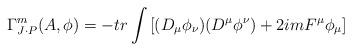
LaTeX: \begin{align*}\Gamma^m_{J \cdot P}(A,\phi) = -tr \int \left[ (D_\mu \phi_\nu) (D^\mu \phi^\nu) + 2im F^\mu \phi_\mu \right]\end{align*}